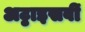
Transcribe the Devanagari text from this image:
अट्ठाइसवीं